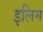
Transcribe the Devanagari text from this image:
इलिम